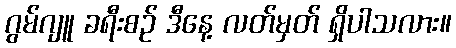
ဂွမ်ဂျူ ခရီးစဉ် ဒီနေ့ လတ်မှတ် ရှိပါသလား။